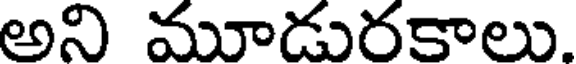
అని మూడురకాలు.